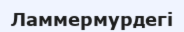
Ламмермурдегі